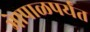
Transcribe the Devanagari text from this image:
भेापाळपर्यंत